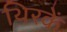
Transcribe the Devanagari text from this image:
थिरकें